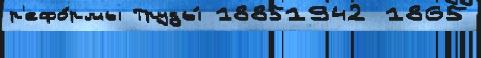
р'ефо́рмы Труды́ 18851942 1865